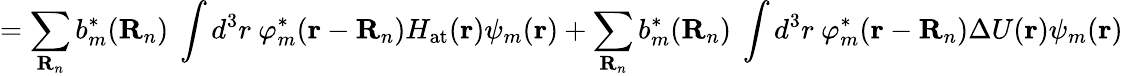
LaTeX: =\sum_{\mathbf{R}_{n}}b_{m}^{*}(\mathbf{R}_{n})\ \int d^{3}r\ \varphi_{m}^{*}(\mathbf{r}-\mathbf{R}_{n})H_{\mathrm{at}}(\mathbf{r})\psi_{m}(\mathbf{r})+\sum_{\mathbf{R}_{n}}b_{m}^{*}(\mathbf{R}_{n})\ \int d^{3}r\ \varphi_{m}^{*}(\mathbf{r}-\mathbf{R}_{n})\Delta U(\mathbf{r})\psi_{m}(\mathbf{r})